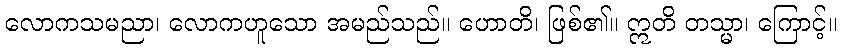
လောကသမညာ၊ လောကဟူသော အမည်သည်။ ဟောတိ၊ ဖြစ်၏။ ဣတိ တသ္မာ၊ ကြောင့်။